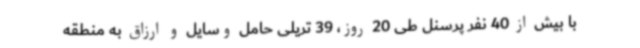
با بیش از 40 نفر پرسنل طی 20 روز، 39 تریلی حامل وسایل و ارزاق به منطقه